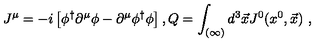
J ^ { \mu } = - i \left[ \phi ^ { \dagger } \partial ^ { \mu } \phi - \partial ^ { \mu } \phi ^ { \dagger } \phi \right] , Q = \int _ { ( \infty ) } d ^ { 3 } \vec { x } J ^ { 0 } ( x ^ { 0 } , \vec { x } ) \ ,